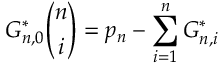
G _ { n , 0 } ^ { * } \binom { n } { i } = p _ { n } - \sum _ { i = 1 } ^ { n } G _ { n , i } ^ { * }